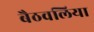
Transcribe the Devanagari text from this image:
बैठवलिया